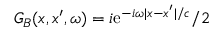
G _ { B } ( x , x ^ { \prime } , \omega ) = i \mathrm { e } ^ { - i \omega | x - x ^ { \prime } | / c } / 2